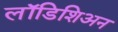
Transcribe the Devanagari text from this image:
लॉडिशिअन